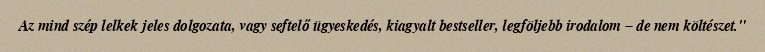
Az mind szép lelkek jeles dolgozata, vagy seftelő ügyeskedés, kiagyalt bestseller, legföljebb irodalom – de nem költészet."